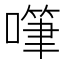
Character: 𠽩